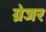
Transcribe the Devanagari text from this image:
ग्रेजर